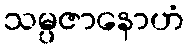
သမ္ပဇာနောဟံ